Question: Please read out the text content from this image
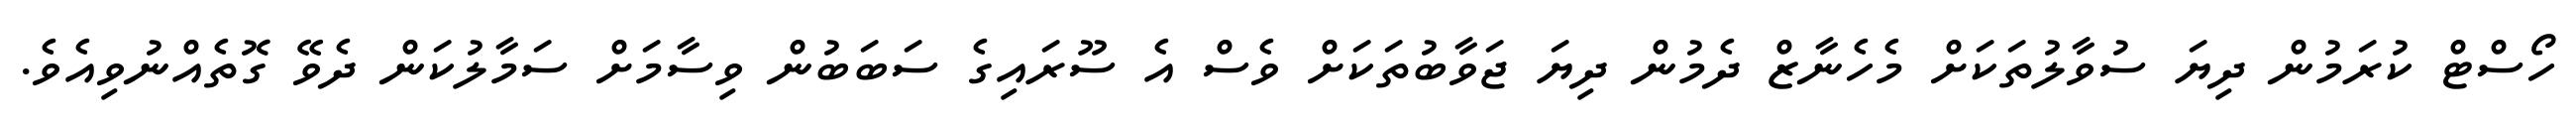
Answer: ހޯސްޓް ކުރަމުން ދިޔަ ސުވާލުތަކަށް މެހެނާޒް ދެމުން ދިޔަ ޖަވާބުތަކަށް ވެސް އެ ސޫރައިގެ ސަބަބުން ވިސާމަށް ސަމާލުކަން ދެވޭ ގޮތެއްނުވިއެވެ.